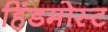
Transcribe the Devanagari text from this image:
हिंडमोस्ट